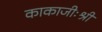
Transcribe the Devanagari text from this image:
काकाजीःश्री